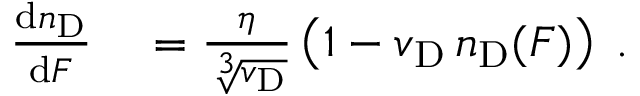
\begin{array} { r l } { \frac { \mathop { } \! \mathrm { d } n _ { \mathrm { D } } } { \mathop { } \! \mathrm { d } F } } & { { } = \frac { \eta } { \sqrt [ 3 ] { v _ { \mathrm { D } } } } \left( 1 - v _ { \mathrm { D } } \, n _ { \mathrm { D } } ( F ) \right) \; . } \end{array}